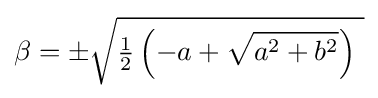
\beta =\pm {\sqrt {{\tfrac {1}{2}}\left(-a+{\sqrt {a^{2}+b^{2}}}\right)~}}